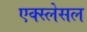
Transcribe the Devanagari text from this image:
एक्स्लेसल